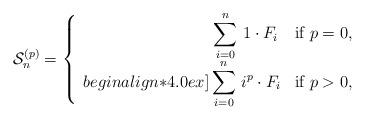
LaTeX: \begin{align*} \mathcal{S}_n^{(p)} = \left\{ \begin{array}{rl}\displaystyle\sum_{i=0}^{n} \, 1 \cdot F_{i} \, & \mbox{if $p=0$},\\begin{align*}4.0ex]\displaystyle\sum_{i=0}^{n} \, i^p \cdot F_{i} & \mbox{if $p>0$},\end{array} \right. \end{align*}